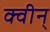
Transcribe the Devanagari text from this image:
क्वीन्